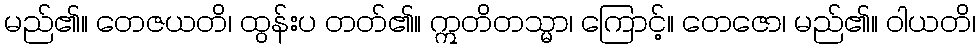
မည်၏။ တေဇယတိ၊ ထွန်းပ တတ်၏။ ဣတိတသ္မာ၊ ကြောင့်။ တေဇော၊ မည်၏။ ဝါယတိ၊